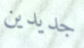
جديدين